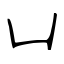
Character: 凵